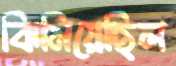
ঝিমিয়েছিল